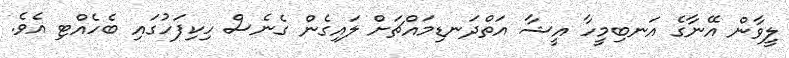
ލީވާން އޭނާގެ އަނބިމީހާ އީޝާ އަތްދަނޑިމައްޗަށް ލައިގެން ގެނެސް ހިކިފަހުގައި ބެހެއްޓި އެވެ.